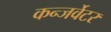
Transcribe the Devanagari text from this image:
कन्जर्वेटर